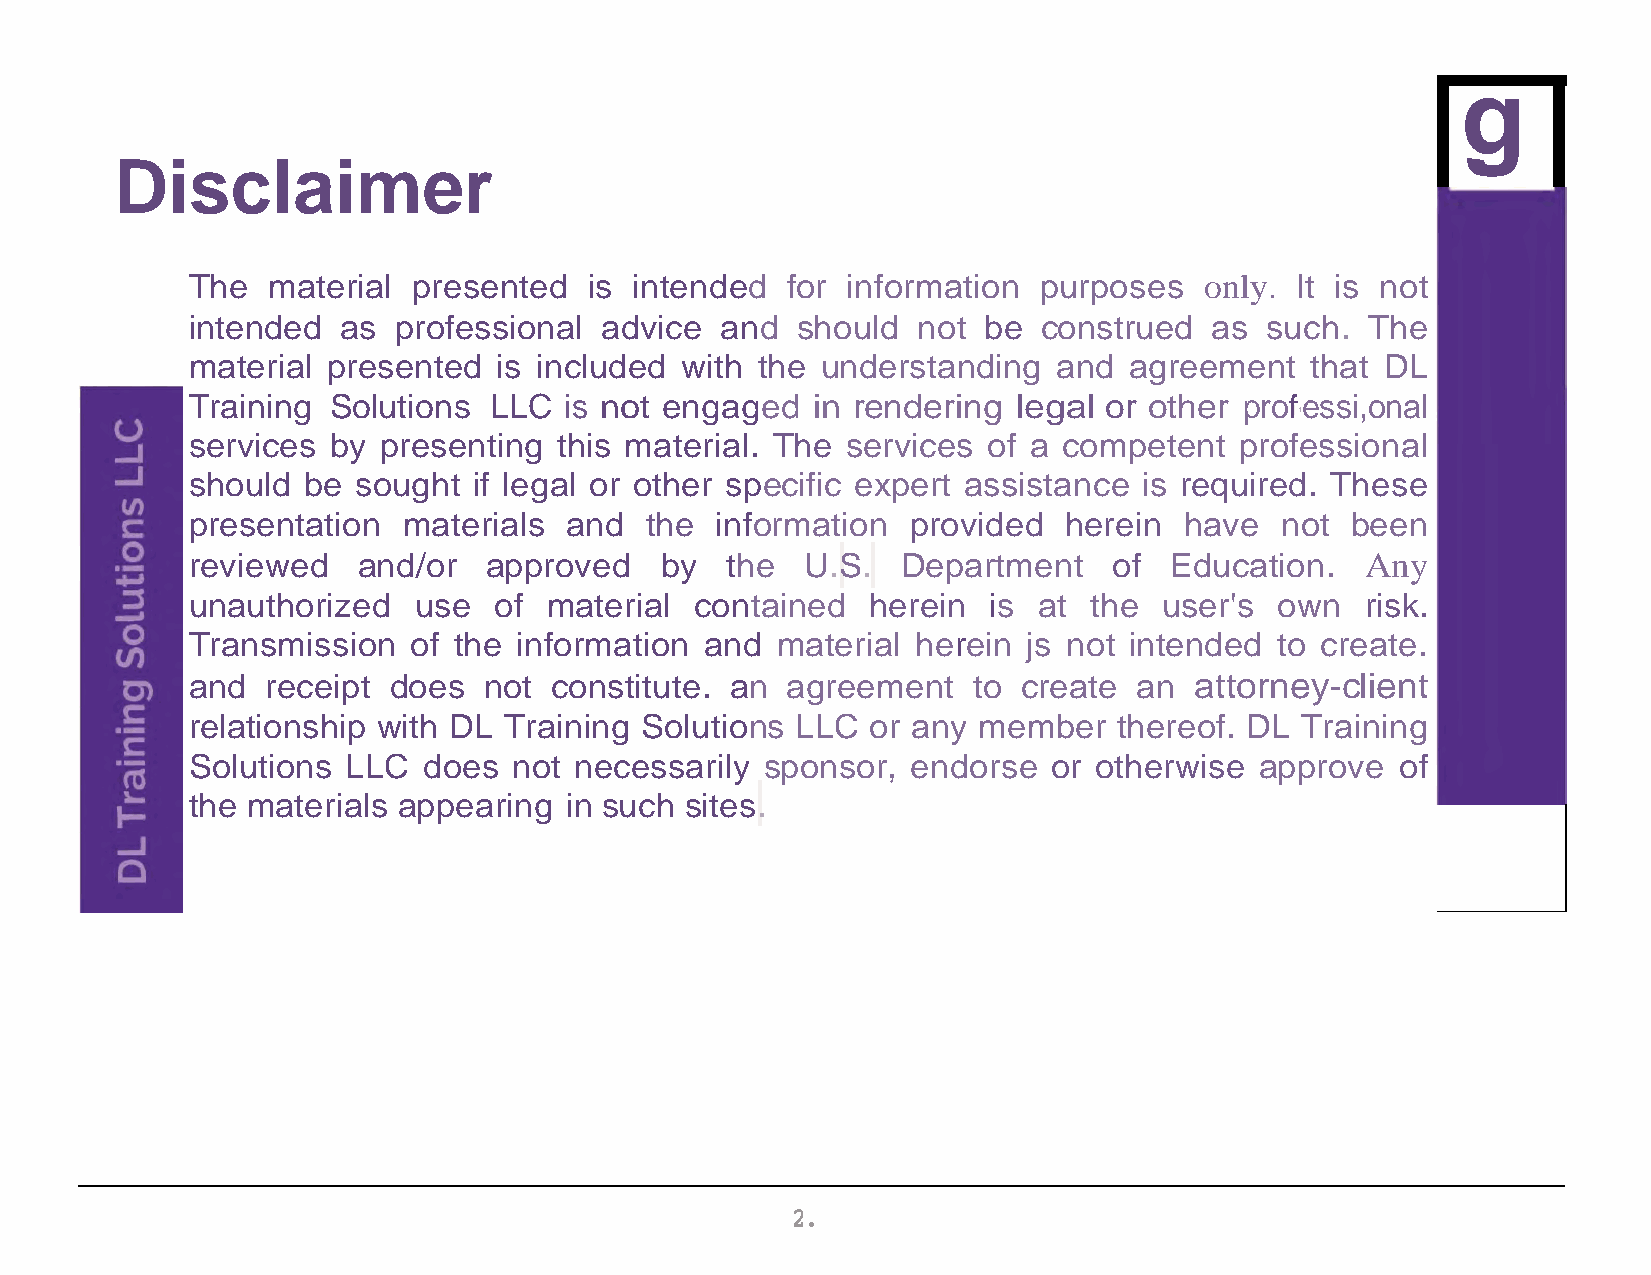
g
 Disclaimer
 The  material presented   is intended  for information  purposes   only. It is not
 intended  as professional  advice  and  should  not be  construed  as  such.  The
 material presented  is included with the understanding   and  agreement   that DL
 Training Solutions LLC  is not engaged   in rendering legal or other professi,onal
 1
 services by presenting  this material. The services of a competent   professional
 should be  sought if legal or other specific expert assistance is required. These
 presentation  materials and   the information  provided  herein  have   not been
 reviewed   and/or  approved    by  the  U.S.   Department    of Education.   Any
 unauthorized  use   of material  contained   herein is  at the  user's  own  risk.
 Transmission  of the information  and material  herein js not intended  to create.
 and  receipt does  not constitute. an  agreement   to  create an  attorney-client
 relationship with DL Training Solutions LLC  or any member   thereof. DL Training
 Solutions LLC  does  not necessarily  sponsor, endorse   or otherwise approve   of
 the materials appearing in such sites.
 2.